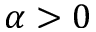
\alpha > 0